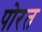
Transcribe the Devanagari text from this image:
पोरत